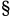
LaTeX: ^\S